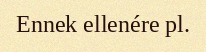
Ennek ellenére pl.